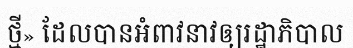
ថ្មី» ដែលបានអំពាវនាវឲ្យរដ្ឋាភិបាល